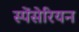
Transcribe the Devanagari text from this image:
स्पेंसेरियन